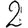
Digit: 2